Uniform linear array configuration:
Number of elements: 24
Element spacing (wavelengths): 1
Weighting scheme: blackman
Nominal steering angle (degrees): -45
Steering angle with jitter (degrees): -44.828
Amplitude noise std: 0.05
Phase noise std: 0.05

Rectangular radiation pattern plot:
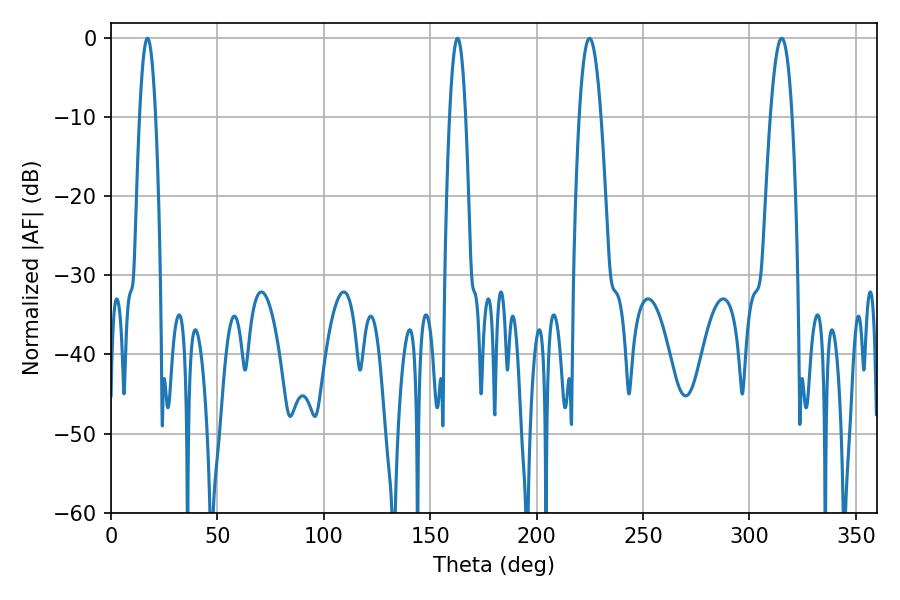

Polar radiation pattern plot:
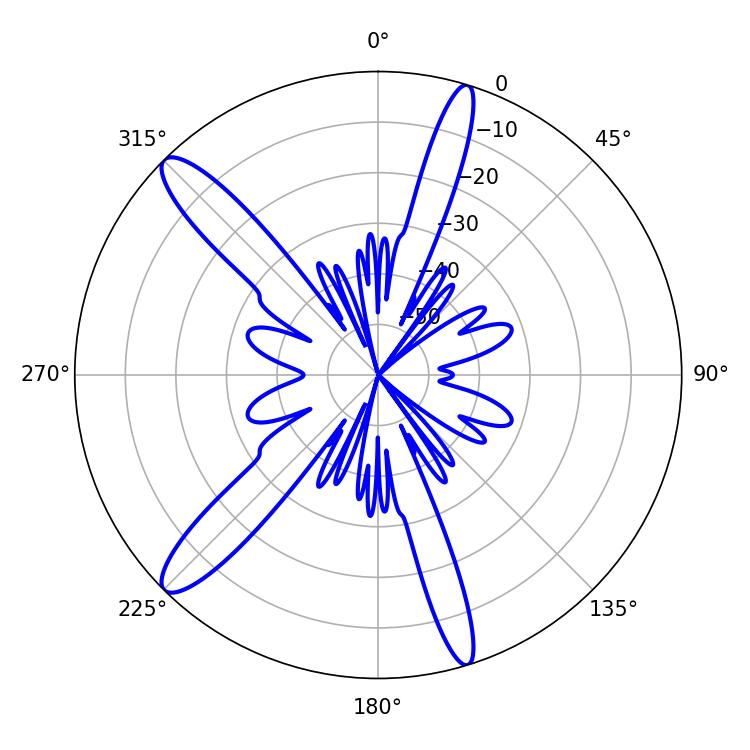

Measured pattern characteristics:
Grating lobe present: TRUE
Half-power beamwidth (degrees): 5.58
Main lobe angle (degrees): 224.82